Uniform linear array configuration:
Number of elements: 32
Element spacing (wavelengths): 0.25
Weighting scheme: binomial
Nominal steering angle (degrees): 0
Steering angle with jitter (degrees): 1.026
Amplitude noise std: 0.05
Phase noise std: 0.05

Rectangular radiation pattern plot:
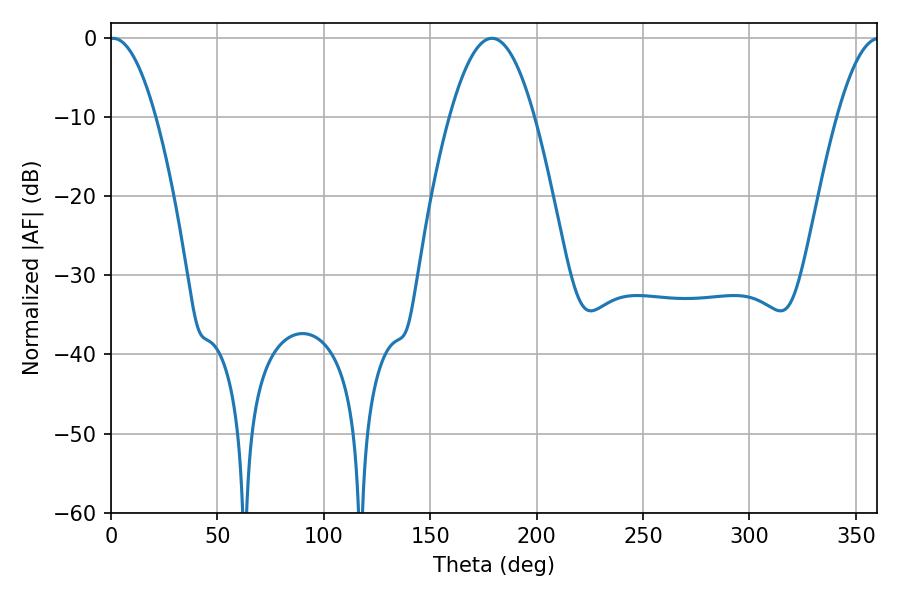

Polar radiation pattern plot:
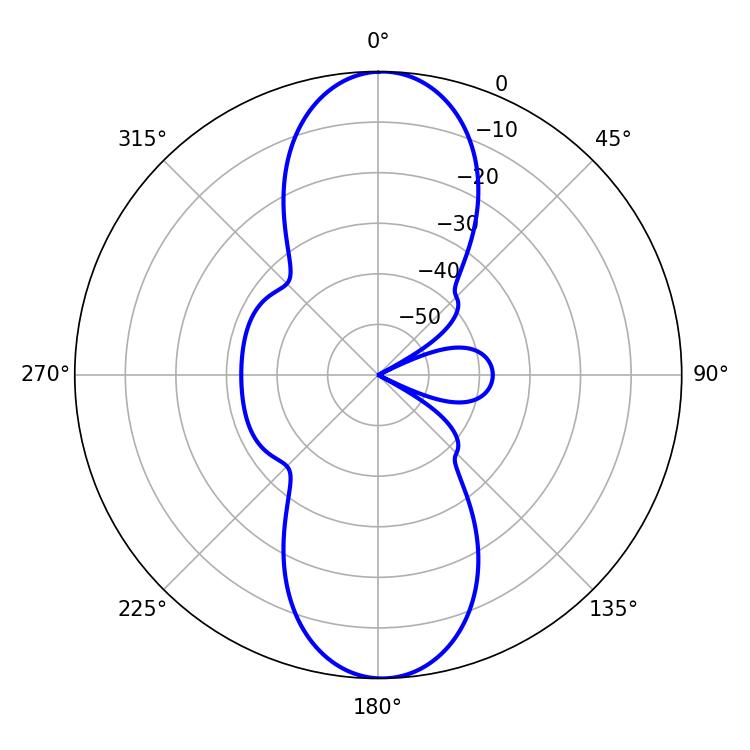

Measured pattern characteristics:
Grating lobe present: FALSE
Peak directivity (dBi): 21.761
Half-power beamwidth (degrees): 11.88
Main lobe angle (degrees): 1.08